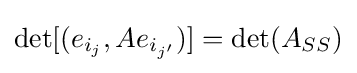
\det[(e_{i_{j}},Ae_{i_{j'}})]=\det(A_{SS})